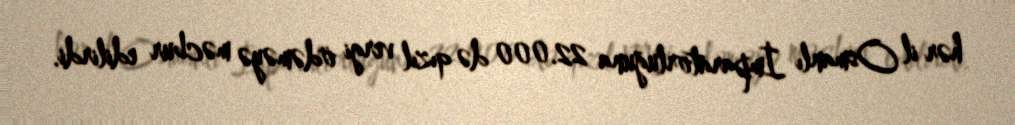
hər il Osmanlı İmparatorluğuna 22.000 də qızıl vergi ödəməyə məcbur edilirdi.